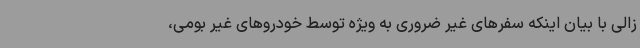
زالی با بیان اینکه سفرهای غیر ضروری به ویژه توسط خودروهای غیر بومی،